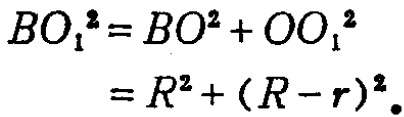
\[
\begin{align*}
BO_{1}^{2}&=BO^{2}+OO_{1}^{2}\\
&=R^{2}+(R - r)^{2}
\end{align*}
\]